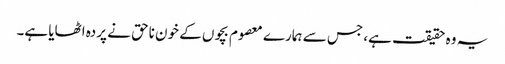
یہ وہ حقیقت ہے، جس سے ہمارے معصوم بچوں کے خون ناحق نے پردہ اٹھایا ہے۔